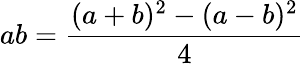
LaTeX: ab={\frac{(a+b)^{2}-(a-b)^{2}}{4}}